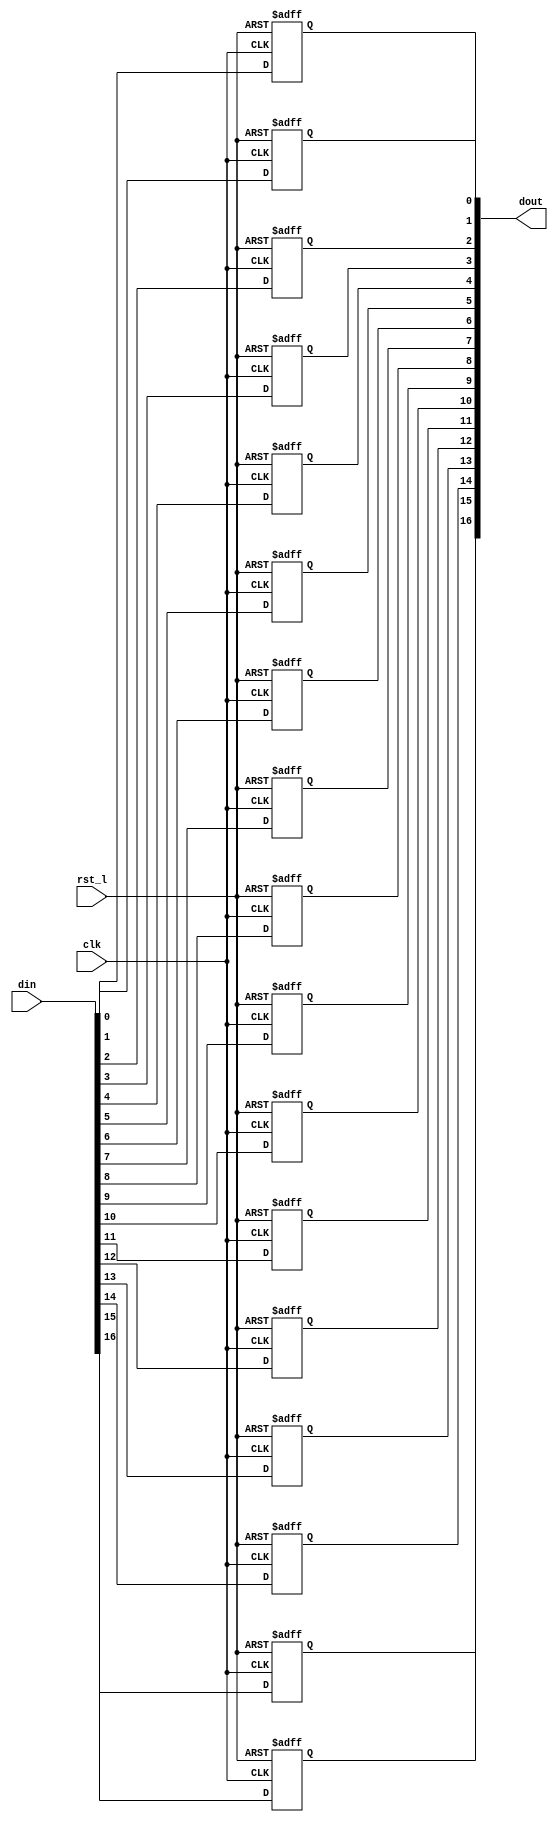
module rvdff_WIDTH17
(
  din,
  clk,
  rst_l,
  dout
);

  input [16:0] din;
  output [16:0] dout;
  input clk;
  input rst_l;
  wire N0;
  reg [16:0] dout;

  always @(posedge clk or posedge N0) begin
    if(N0) begin
      dout[16] <= 1'b0;
    end else if(1'b1) begin
      dout[16] <= din[16];
    end
  end


  always @(posedge clk or posedge N0) begin
    if(N0) begin
      dout[15] <= 1'b0;
    end else if(1'b1) begin
      dout[15] <= din[15];
    end
  end


  always @(posedge clk or posedge N0) begin
    if(N0) begin
      dout[14] <= 1'b0;
    end else if(1'b1) begin
      dout[14] <= din[14];
    end
  end


  always @(posedge clk or posedge N0) begin
    if(N0) begin
      dout[13] <= 1'b0;
    end else if(1'b1) begin
      dout[13] <= din[13];
    end
  end


  always @(posedge clk or posedge N0) begin
    if(N0) begin
      dout[12] <= 1'b0;
    end else if(1'b1) begin
      dout[12] <= din[12];
    end
  end


  always @(posedge clk or posedge N0) begin
    if(N0) begin
      dout[11] <= 1'b0;
    end else if(1'b1) begin
      dout[11] <= din[11];
    end
  end


  always @(posedge clk or posedge N0) begin
    if(N0) begin
      dout[10] <= 1'b0;
    end else if(1'b1) begin
      dout[10] <= din[10];
    end
  end


  always @(posedge clk or posedge N0) begin
    if(N0) begin
      dout[9] <= 1'b0;
    end else if(1'b1) begin
      dout[9] <= din[9];
    end
  end


  always @(posedge clk or posedge N0) begin
    if(N0) begin
      dout[8] <= 1'b0;
    end else if(1'b1) begin
      dout[8] <= din[8];
    end
  end


  always @(posedge clk or posedge N0) begin
    if(N0) begin
      dout[7] <= 1'b0;
    end else if(1'b1) begin
      dout[7] <= din[7];
    end
  end


  always @(posedge clk or posedge N0) begin
    if(N0) begin
      dout[6] <= 1'b0;
    end else if(1'b1) begin
      dout[6] <= din[6];
    end
  end


  always @(posedge clk or posedge N0) begin
    if(N0) begin
      dout[5] <= 1'b0;
    end else if(1'b1) begin
      dout[5] <= din[5];
    end
  end


  always @(posedge clk or posedge N0) begin
    if(N0) begin
      dout[4] <= 1'b0;
    end else if(1'b1) begin
      dout[4] <= din[4];
    end
  end


  always @(posedge clk or posedge N0) begin
    if(N0) begin
      dout[3] <= 1'b0;
    end else if(1'b1) begin
      dout[3] <= din[3];
    end
  end


  always @(posedge clk or posedge N0) begin
    if(N0) begin
      dout[2] <= 1'b0;
    end else if(1'b1) begin
      dout[2] <= din[2];
    end
  end


  always @(posedge clk or posedge N0) begin
    if(N0) begin
      dout[1] <= 1'b0;
    end else if(1'b1) begin
      dout[1] <= din[1];
    end
  end


  always @(posedge clk or posedge N0) begin
    if(N0) begin
      dout[0] <= 1'b0;
    end else if(1'b1) begin
      dout[0] <= din[0];
    end
  end

  assign N0 = ~rst_l;

endmodule